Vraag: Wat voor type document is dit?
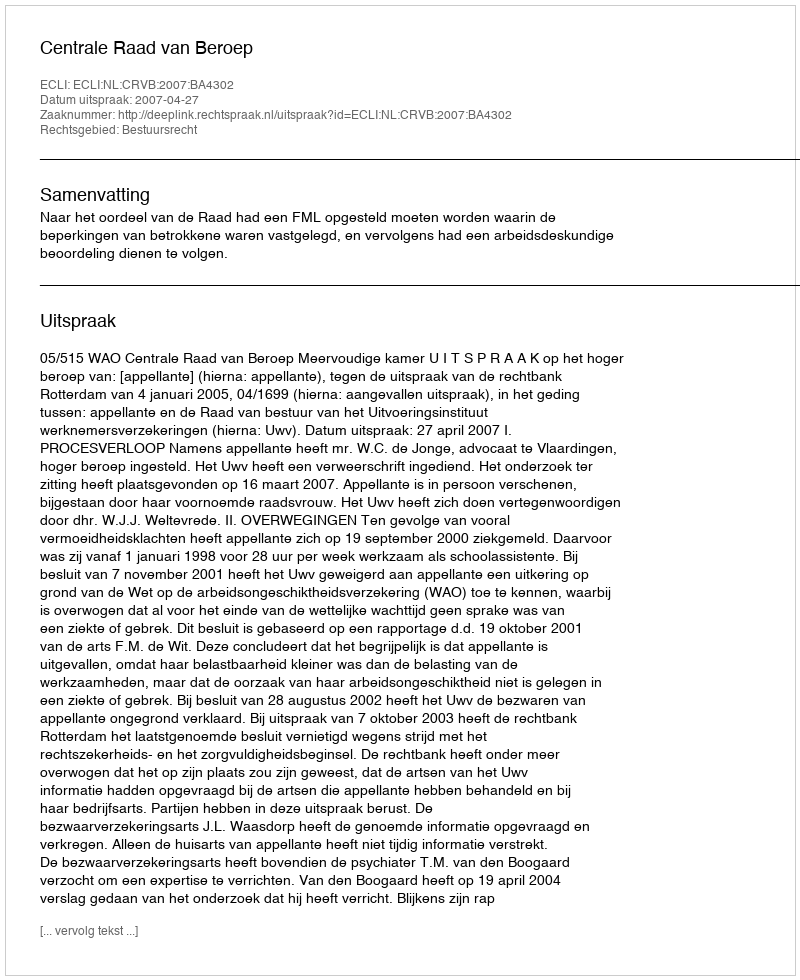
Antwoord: Uitspraak